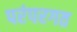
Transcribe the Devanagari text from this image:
परंपरगत